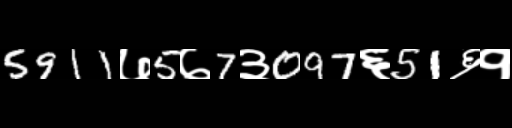
Text: 5911७5७7३097६51६१